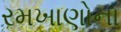
રમખાણોના